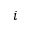
\boldsymbol { i }